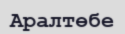
Аралтөбе